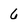
Character: 6